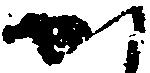
か